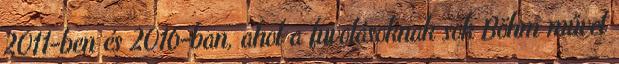
2011-ben és 2016-ban, ahol a fuvolásoknak sok Böhm művet